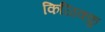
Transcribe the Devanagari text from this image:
किळिक्कु